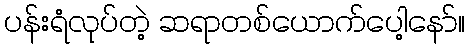
ပန်းရံလုပ်တဲ့ ဆရာတစ်ယောက်ပေါ့နော်။